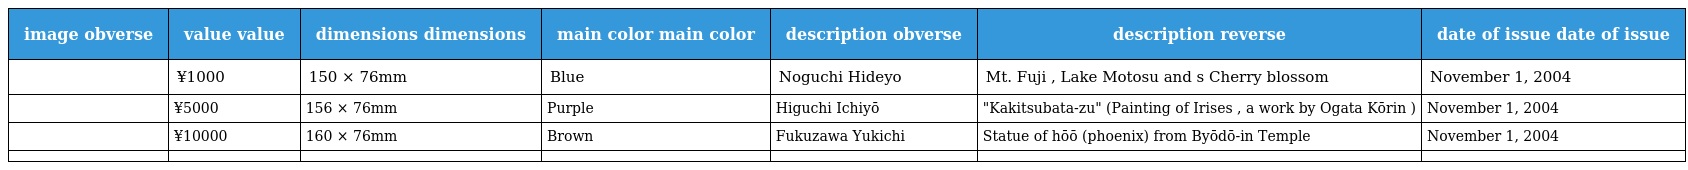
| image obverse | value value | dimensions dimensions | main color main color | description obverse | description reverse | date of issue date of issue |
 | --- | --- | --- | --- | --- | --- | --- |
 |  | ¥1000 | 150 × 76mm | Blue | Noguchi Hideyo | Mt. Fuji , Lake Motosu and s Cherry blossom | November 1, 2004 |
 |  | ¥5000 | 156 × 76mm | Purple | Higuchi Ichiyō | "Kakitsubata-zu" (Painting of Irises , a work by Ogata Kōrin ) | November 1, 2004 |
 |  | ¥10000 | 160 × 76mm | Brown | Fukuzawa Yukichi | Statue of hōō (phoenix) from Byōdō-in Temple | November 1, 2004 |
 |  |  |  |  |  |  |  |